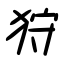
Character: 狩